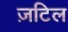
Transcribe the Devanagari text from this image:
ज़टिल